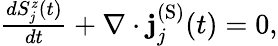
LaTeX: \begin{array}{r}{\frac{dS_{j}^{z}(t)}{dt}+\nabla\cdot\mathbf{j}_{j}^{(\textrm{S})}(t)=0,}\end{array}